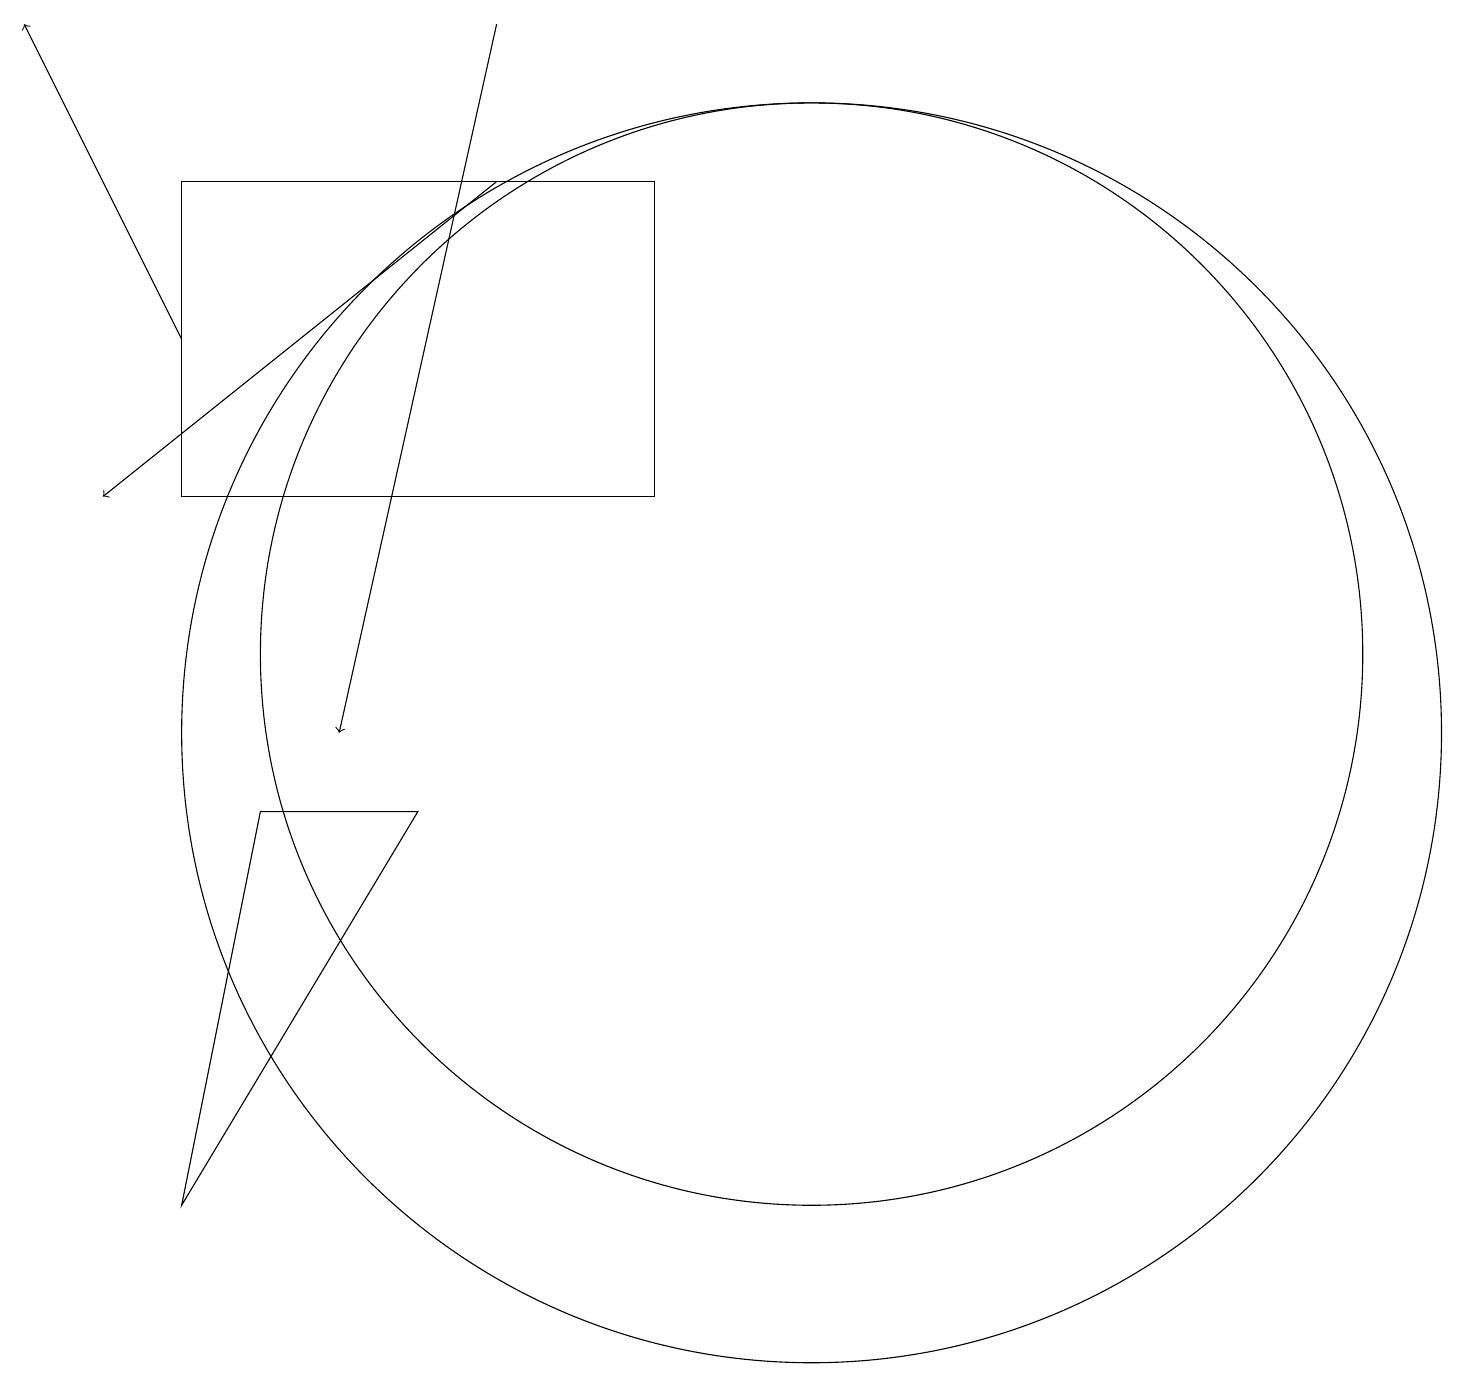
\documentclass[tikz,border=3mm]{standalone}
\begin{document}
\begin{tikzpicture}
\draw[->] (3,15) -- (1,19);
\draw (11,10) circle (8);
\draw[->] (7,17) -- (2,13);
\draw (11,11) circle (7);
\draw[->] (7,19) -- (5,10);
\draw (4,9) -- (3,4) -- (6,9) -- cycle;
\draw (3,17) rectangle (9,13);
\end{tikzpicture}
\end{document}